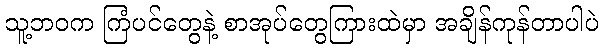
သူ့ဘဝက ကြံပင်တွေနဲ့ စာအုပ်တွေကြားထဲမှာ အချိန်ကုန်တာပါပဲ